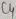
Text: C4